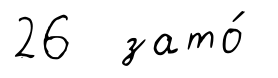
26 зато́